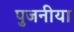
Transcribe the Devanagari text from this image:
पुजनीया